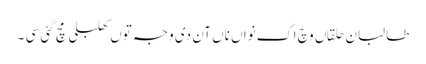
طالبان حلقاں وچ اک نواں ناں آن دی وجہ توں کھلبلی مچ گئی سی ۔